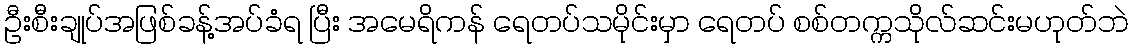
ဦးစီးချုပ်အဖြစ်ခန့်အပ်ခံရ ပြီး အမေရိကန် ရေတပ်သမိုင်းမှာ ရေတပ် စစ်တက္ကသိုလ်ဆင်းမဟုတ်ဘဲ